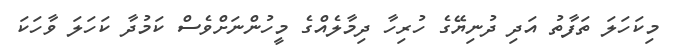
މިކަހަލަ ތަފާތު އަދި ދުނިޔޭގެ ހުރިހާ ދިމާލެއްގެ މީހުންނަށްވެސް ކަމުދާ ކަހަލަ ވާހަކަ